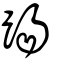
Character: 踼